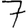
Digit: 7